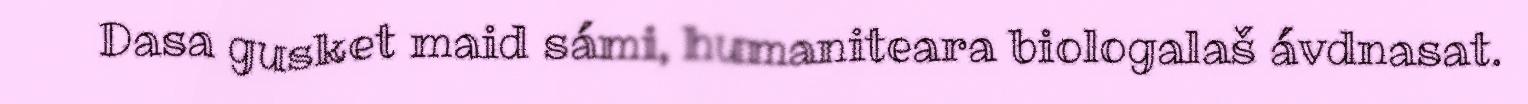
Dasa gusket maid sámi, humaniteara biologalaš ávdnasat.